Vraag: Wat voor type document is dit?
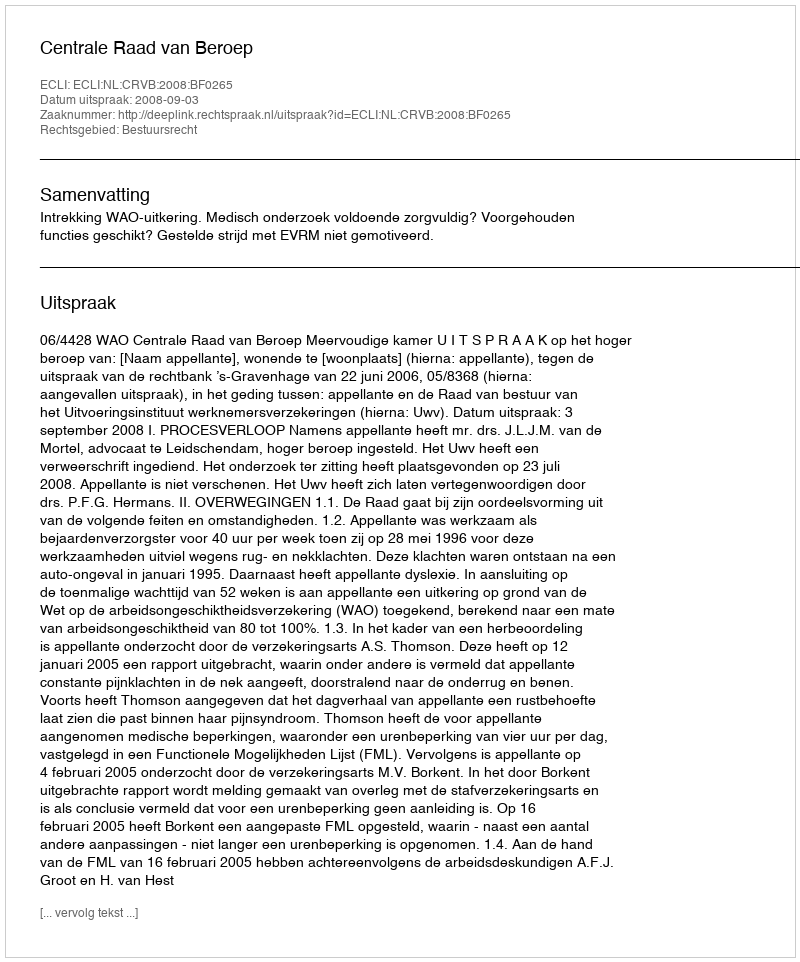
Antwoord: Uitspraak